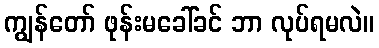
ကျွန်တော် ဖုန်းမခေါ်ခင် ဘာ လုပ်ရမလဲ။